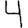
Digit: 4